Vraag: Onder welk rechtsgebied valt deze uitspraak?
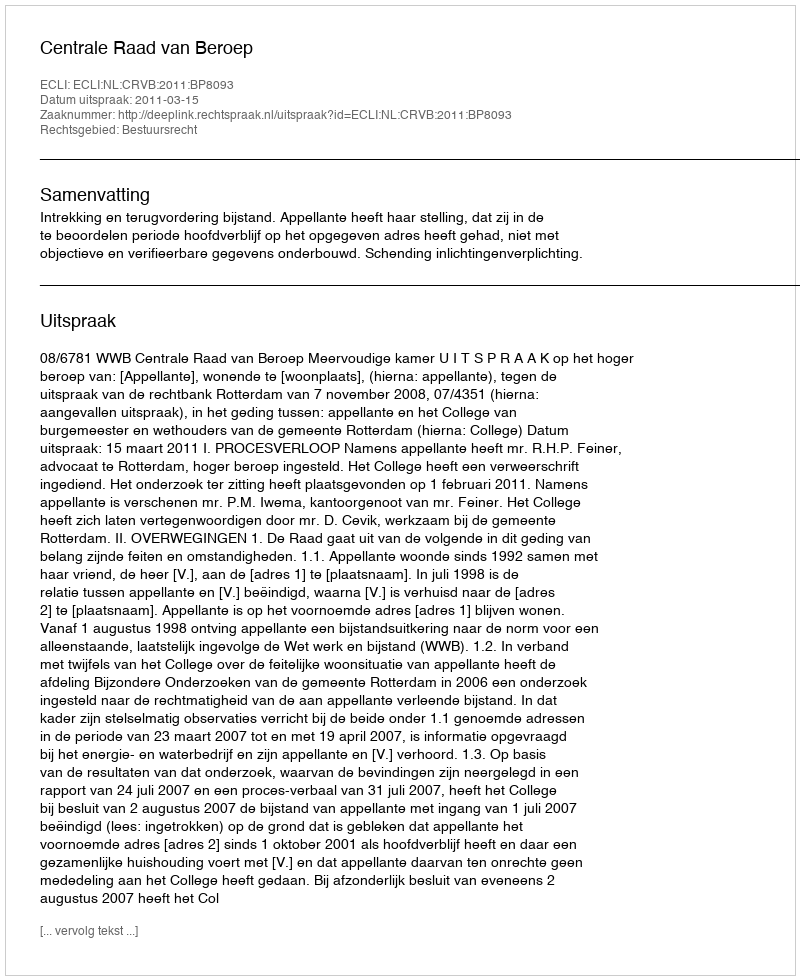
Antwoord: Bestuursrecht